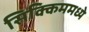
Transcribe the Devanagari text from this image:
सिक्किममध्ये